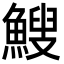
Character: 䱸